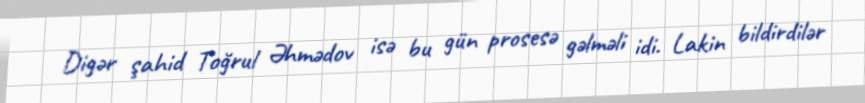
Digər şahid Toğrul Əhmədov isə bu gün prosesə gəlməli idi. Lakin bildirdilər